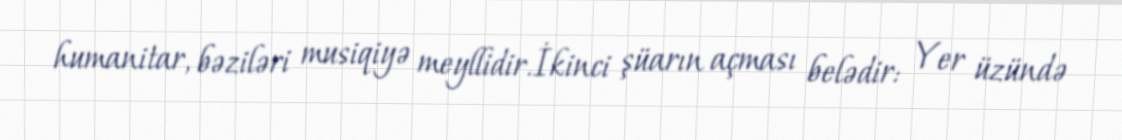
humanitar, bəziləri musiqiyə meyllidir.İkinci şüarın açması belədir: Yer üzündə